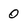
Character: 0